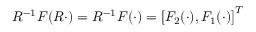
R ^ { - 1 } F ( R \cdot ) = R ^ { - 1 } F ( \cdot ) = \left[ F _ { 2 } ( \cdot ) , F _ { 1 } ( \cdot ) \right] ^ { T }